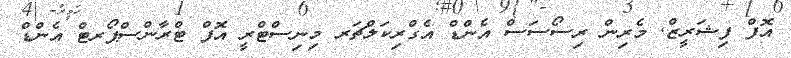
އޮފް ފިޝަރީޒް